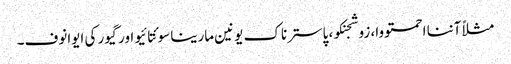
مثلاً آننا احمتووا، زوشجنکو، پاسترناک یونین مارینا سوئتا ئیو اور گیور کی ایوانوف۔